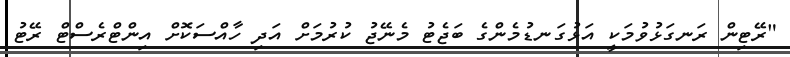
"ރޭޓިން ރަނގަޅުވުމަކީ އަޅުގަނޑުމެންގެ ބަޖެޓު މެނޭޖު ކުރުމަށް އަދި ހާއްސަކޮށް އިންޓްރެސްޓް ރޭޓު